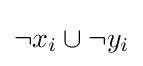
\neg {x_{i}}\cup \neg {y_{i}}